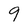
Character: 9